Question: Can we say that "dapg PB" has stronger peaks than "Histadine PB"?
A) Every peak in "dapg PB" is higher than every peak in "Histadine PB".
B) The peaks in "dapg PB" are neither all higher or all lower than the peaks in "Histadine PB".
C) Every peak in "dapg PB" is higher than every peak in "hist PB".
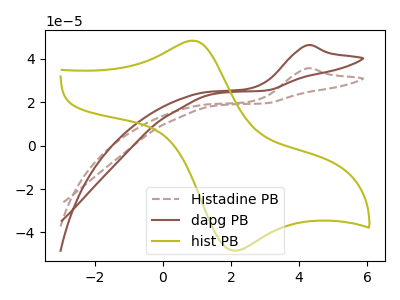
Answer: <think>The brown dashed curve "Histadine PB" has an anodic peak at: (4.25V, 35.60uA). The brown curve "dapg PB" has an anodic peak at: (4.25V, 46.30uA). The olive curve "hist PB" has an anodic peak at (0.90V, 48.40uA) and a cathodic peak at (2.20V, -48.35uA).</think>
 <answer>A) Every peak in "dapg PB" is higher than every peak in "Histadine PB".</answer>
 <eval>A</eval>